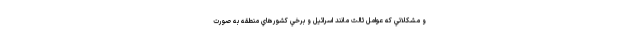
و مشكلاتي كه عوامل ثالث مانند اسرائيل و برخي كشورهاي منطقه به صورت